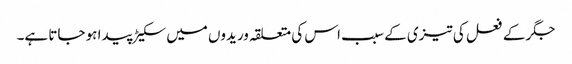
جگر کے فعل کی تیزی کے سبب اس کی متعلقہ وریدوں میں سکیڑ پیدا ہو جاتا ہے۔